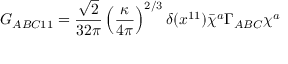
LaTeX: G _ { A B C 1 1 } = \frac { \sqrt { 2 } } { 3 2 \pi } \left( \frac { \kappa } { 4 \pi } \right) ^ { 2 / 3 } \delta ( x ^ { 1 1 } ) \bar { \chi } ^ { a } \Gamma _ { A B C } \chi ^ { a }